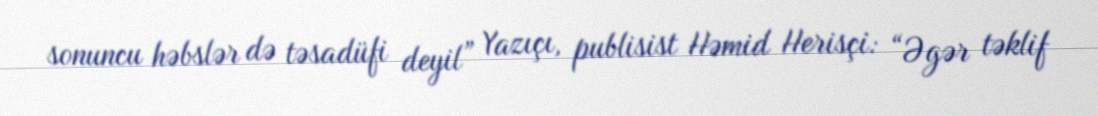
sonuncu həbslər də təsadüfi deyil” Yazıçı, publisist Həmid Herisçi: “Əgər təklif